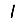
Digit: 1